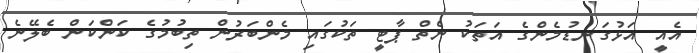
އެއީ އަޅުގަނޑުމެންގެ އަތަކު ނެތް ޕާޓީ ތަކުގައި މެންބަރުން ތިބުމުގެ ކަންކަން ބެލޭނެ